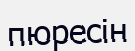
пюресін